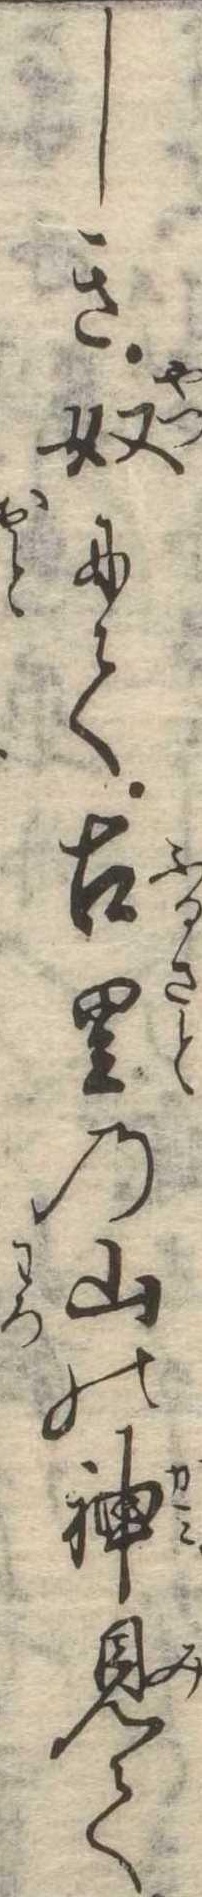
しき奴にて古里の山の神見て